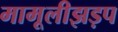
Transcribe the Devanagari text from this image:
मामूलीझड़प